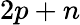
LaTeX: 2p+n